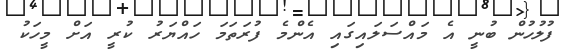
ފުލުހުން ބުނީ އެ މައްސަލައިގައި އެންމެ ފުރަތަމަ ހައްޔަރު ކުރީ އަށް މީހަކު